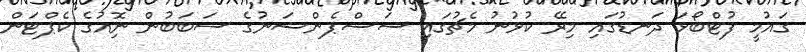
ގައުމީ ފުޓްބޯޅަ ދަނޑުގައި މިރޭ ކުޅުނު މެޗުގައި ސަސްޕެންޝަނުގެ ސަބަބުން ނޮިއުގެ ކެޕްޓަން